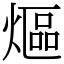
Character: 熰